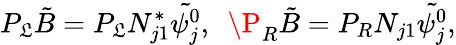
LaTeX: P_{\mathfrak{L}}\tilde{{B}}=P_{\mathfrak{L}}{N}_{j1}^{*}\tilde{{\psi_{j}^{0}}},\ \ \P_{R}\tilde{{B}}=P_{R}{N}_{j1}\tilde{{\psi_{j}^{0}}},